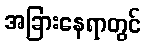
အခြားနေရာတွင်